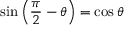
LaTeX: \sin \left( { \frac { \pi } { 2 } } - \theta \right) = \cos \theta